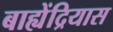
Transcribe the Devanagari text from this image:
बाह्येंद्रियास